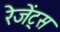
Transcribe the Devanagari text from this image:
रेजेंट्स